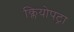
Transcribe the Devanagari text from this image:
क्लियोपट्रा